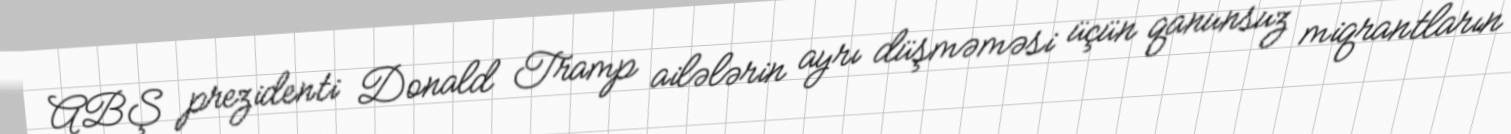
ABŞ prezidenti Donald Tramp ailələrin ayrı düşməməsi üçün qanunsuz miqrantların